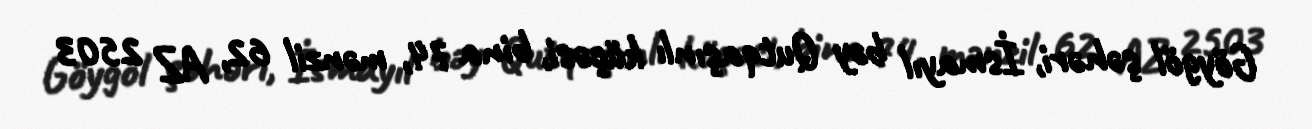
Göygöl şəhəri, İsmayıl bəy Qutqaşınlı küçəsi, bina 74, mənzil 62, AZ 2503